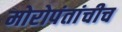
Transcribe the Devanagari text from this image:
मोरोपंतांचीच